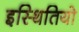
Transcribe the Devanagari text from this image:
इस्थितियो